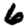
Digit: 6